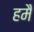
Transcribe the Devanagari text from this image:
हमै